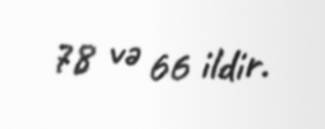
78 və 66 ildir.